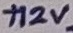
Text: +12V